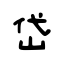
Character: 岱